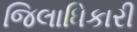
જિલાધિકારી